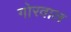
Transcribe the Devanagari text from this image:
गोरवाल